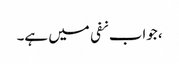
، جواب نفی میں ہے۔